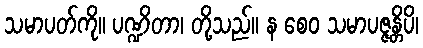
သမာပတ်ကို။ ပဏ္ဍိတာ၊ တို့သည်။ န စေဝ သမာပဇ္ဇန္တိပိ၊